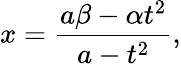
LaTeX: x={\frac{a\beta-\alpha t^{2}}{a-t^{2}}},